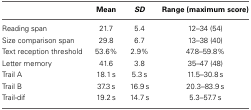
<table><thead><tr><td></td><td><b>Mean</b></td><td><b><i>SD</i></b></td><td><b>Range (maximum score)</b></td></tr></thead><tbody><tr><td>Reading span</td><td>21.7</td><td>5.4</td><td>12–34 (54)</td></tr><tr><td>Size comparison span</td><td>29.8</td><td>6.7</td><td>13–38 (40)</td></tr><tr><td>Text reception threshold</td><td>53.6%</td><td>2.9%</td><td>47.8–59.8%</td></tr><tr><td>Letter memory</td><td>41.6</td><td>3.8</td><td>35–47 (48)</td></tr><tr><td>Trail A</td><td>18.1 s</td><td>5.3 s</td><td>11.5–30.8 s</td></tr><tr><td>Trail B</td><td>37.3 s</td><td>16.9 s</td><td>20.3–83.9 s</td></tr><tr><td>Trail-dif</td><td>19.2 s</td><td>14.7 s</td><td>5.3–57.7 s</td></tr></tbody></table>